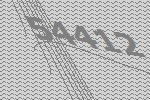
54412